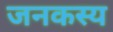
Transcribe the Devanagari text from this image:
जनकस्य